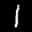
Label: 1